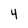
Character: 4